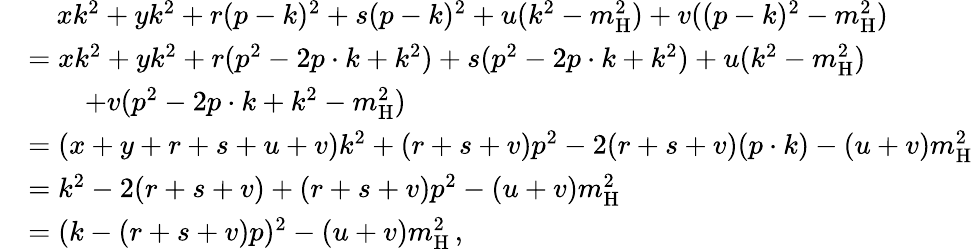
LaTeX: \begin{array}{rl}&{\quad xk^{2}+yk^{2}+r(p-k)^{2}+s(p-k)^{2}+u(k^{2}-m_{\mathrm{H}}^{2})+v((p-k)^{2}-m_{\mathrm{H}}^{2})}\\ &{=xk^{2}+yk^{2}+r(p^{2}-2p\cdot k+k^{2})+s(p^{2}-2p\cdot k+k^{2})+u(k^{2}-m_{\mathrm{H}}^{2})}\\ &{\quad\quad+v(p^{2}-2p\cdot k+k^{2}-m_{\mathrm{H}}^{2})}\\ &{=(x+y+r+s+u+v)k^{2}+(r+s+v)p^{2}-2(r+s+v)(p\cdot k)-(u+v)m_{\mathrm{H}}^{2}}\\ &{=k^{2}-2(r+s+v)+(r+s+v)p^{2}-(u+v)m_{\mathrm{H}}^{2}}\\ &{=(k-(r+s+v)p)^{2}-(u+v)m_{\mathrm{H}}^{2}\, ,}\end{array}